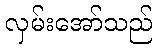
လှမ်းအော်သည်